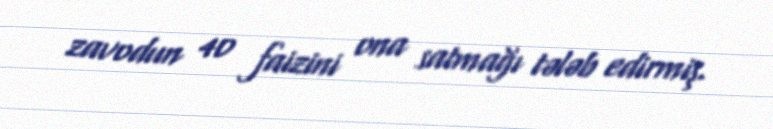
zavodun 40 faizini ona satmağı tələb edirmiş.